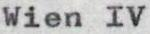
Wien IV